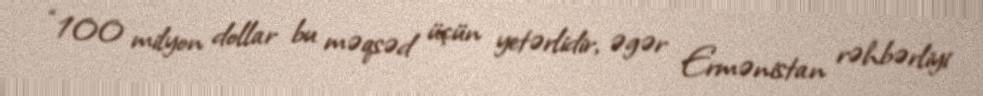
“100 milyon dollar bu məqsəd üçün yetərlidir, əgər Ermənistan rəhbərliyi